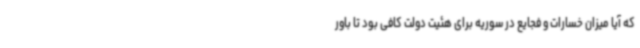
که آیا میزان خسارات و فجایع در سوریه برای هئیت دولت کافی بود تا باور